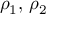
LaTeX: \rho _ { 1 } , \, \rho _ { 2 }